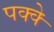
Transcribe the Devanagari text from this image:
पक्‍क्‍े